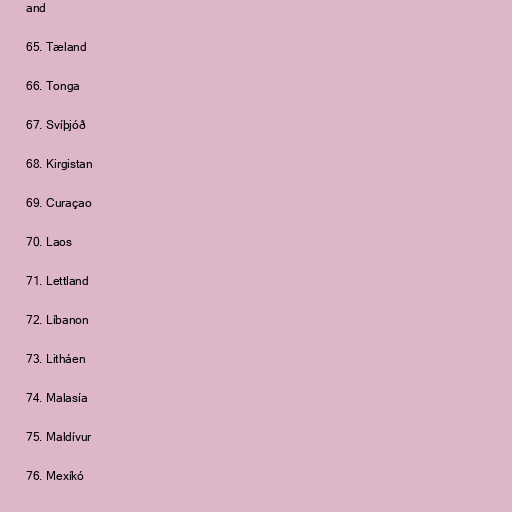
and

65. Tæland

66. Tonga

67. Svíþjóð

68. Kirgistan

69. Curaçao

70. Laos

71. Lettland

72. Líbanon

73. Litháen

74. Malasía

75. Maldívur

76. Mexíkó